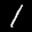
Label: 1